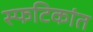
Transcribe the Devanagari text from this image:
स्फटिकांत